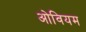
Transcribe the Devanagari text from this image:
ओवियम